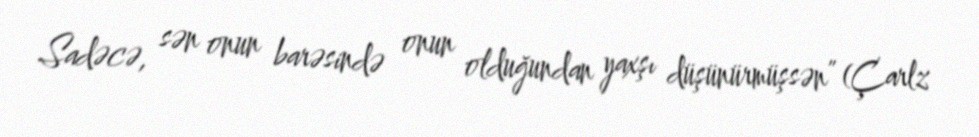
Sadəcə, sən onun barəsində onun olduğundan yaxşı düşünürmüşsən” (Çarlz